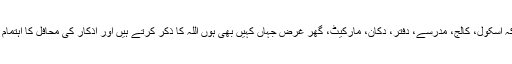
یہ وہ لوگ ہیں کہ اسکول، کالج، مدرسے، دفتر، دکان، مارکیٹ، گھر غرض جہاں کہیں بھی ہوں اللہ کا ذکر کرتے ہیں اور اذکار کی محافل کا اہتمام بھی کرتے ہیں۔